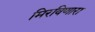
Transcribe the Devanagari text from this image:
मिरविणारा